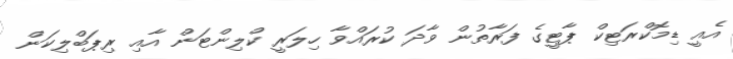
އެއީ ޑިމޮކްރަޓިކް ޕާޓީގެ ފަރާތުން ވާދަ ކުރައްވާ ހިލަރީ ކްލިންޓަން އާއި ރިޕަބްލިކަން